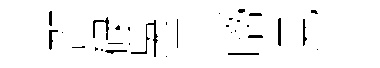
邵碌吳貝啼見